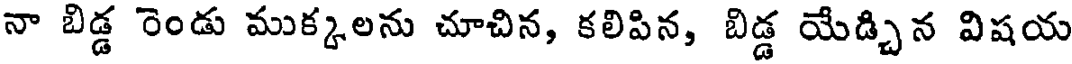
నా బిడ్డ రెండు ముక్కలను చూచిన, కలిపిన, బిడ్డ యేడ్చిన విషయ